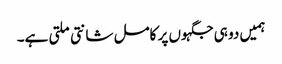
ہمیں دو ہی جگہوں پر کامل شانتی ملتی ہے۔